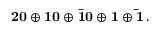
\bf 2 0 \oplus 1 0 \oplus \bar { 1 0 } \oplus 1 \oplus \bar { 1 } \, .